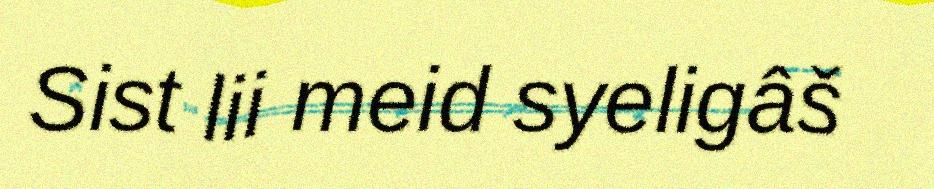
Sist lii meid syeligâš